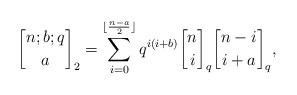
LaTeX: \begin{align*}{n; b; q \brack a}_2 = \sum_{i=0}^{ \lfloor \frac{n-a}{2} \rfloor } q^{i(i+b)} {n \brack i}_q {n-i \brack i+a}_q,\end{align*}